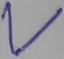
Text: V